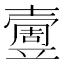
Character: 𡕄